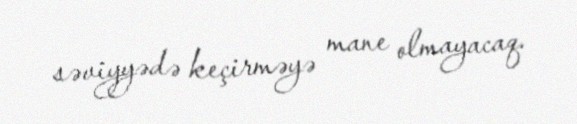
səviyyədə keçirməyə mane olmayacaq.